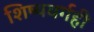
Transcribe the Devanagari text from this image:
शिष्यवर्गही